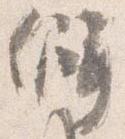
僻